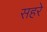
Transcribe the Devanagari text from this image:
सहरे